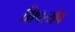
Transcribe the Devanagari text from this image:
क्षिपत्येष